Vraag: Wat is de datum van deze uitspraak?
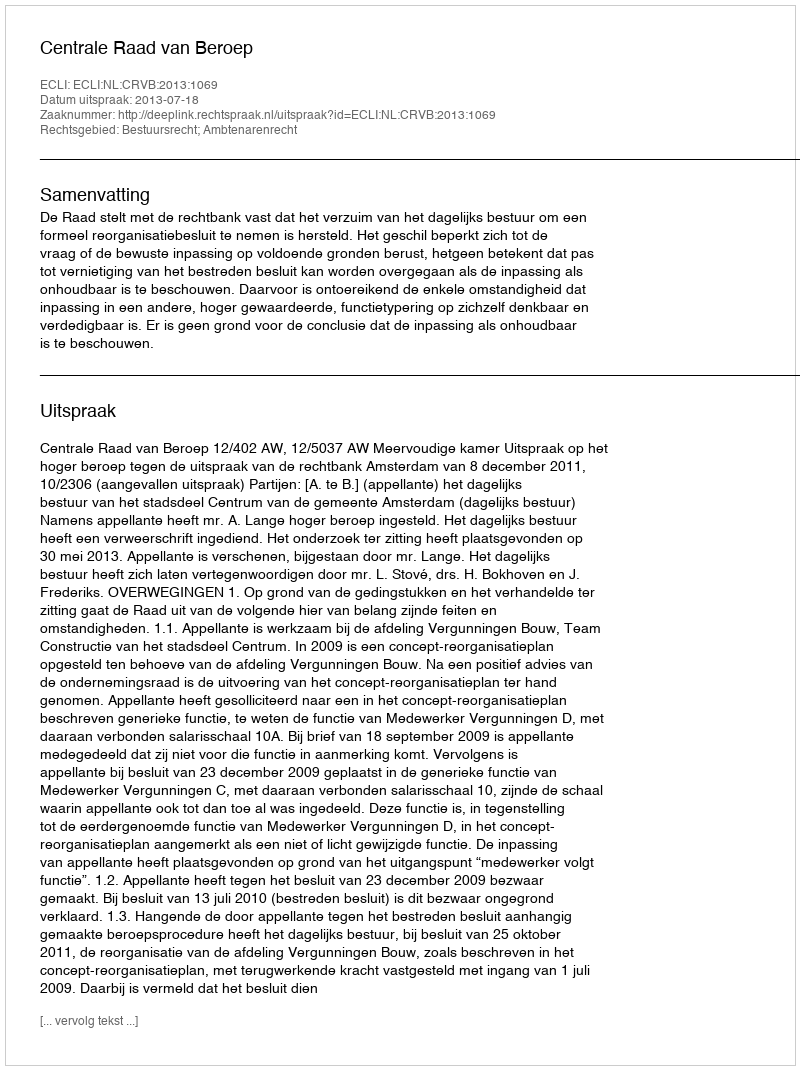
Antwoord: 2013-07-18